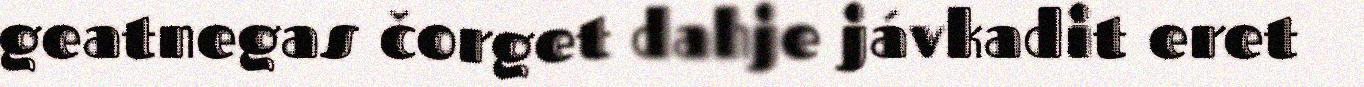
geatnegas čorget dahje jávkadit eret